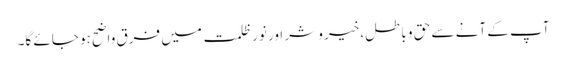
آپ کے آنے سے حق و باطل،خیر و شر اور نور ظلمت میں فرق واضح ہو جائے گا۔